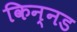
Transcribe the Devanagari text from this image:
किन्नड